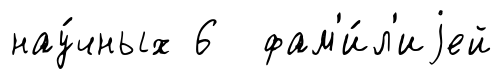
нау́чных 6 фам'и́л'иjей